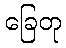
ခြေတု